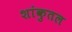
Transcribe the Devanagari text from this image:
शांकुतल